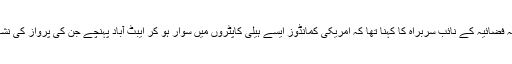
اس بارے میں وزیر اطلاعات نے بتایا کہ فضائیہ کے نائب سربراہ کا کہنا تھا کہ امریکی کمانڈوز ایسے ہیلی کاپٹروں میں سوار ہو کر ایبٹ آباد پہنچے جن کی پرواز کی نشاندہی ریڈار کے ذریعے ممکن نہیں تھی۔